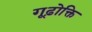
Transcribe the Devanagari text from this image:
गूढ़ोक्ति